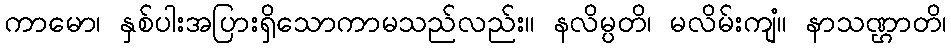
ကာမော၊ နှစ်ပါးအပြားရှိသောကာမသည်လည်း။ နလိမ္ပတိ၊ မလိမ်းကျံ။ နာသဏ္ဌာတိ၊